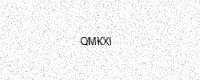
Text: QMKXI